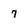
Character: 7